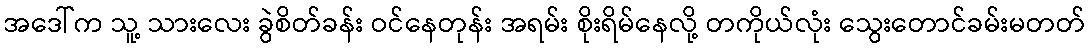
အဒေါ်က သူ့ သားလေး ခွဲစိတ်ခန်း ဝင်နေတုန်း အရမ်း စိုးရိမ်နေလို့ တကိုယ်လုံး သွေးတောင်ခမ်းမတတ်